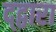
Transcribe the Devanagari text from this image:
द्द्वारा